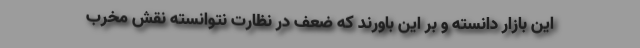
این بازار دانسته و بر این باورند که ضعف در نظارت نتوانسته نقش مخرب